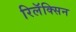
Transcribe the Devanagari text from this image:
रिलॅक्सिन